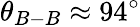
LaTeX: \theta_{B-B}\approx 94^{\circ}